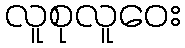
လူစုလူဝေး